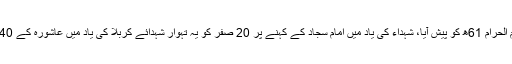
واقعہ کربلا 10 محرم الحرام 61ھ کو پیش آیا، شہداء کی یاد میں امام سجاد کے کہنے پر 20 صفر کو یہ تہوار شہدائے کربلا کی یاد میں عاشورہ کے 40 دن بعد منایا جاتا ہے۔